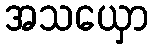
အသယှော